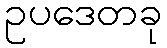
ဥပဒေတခု